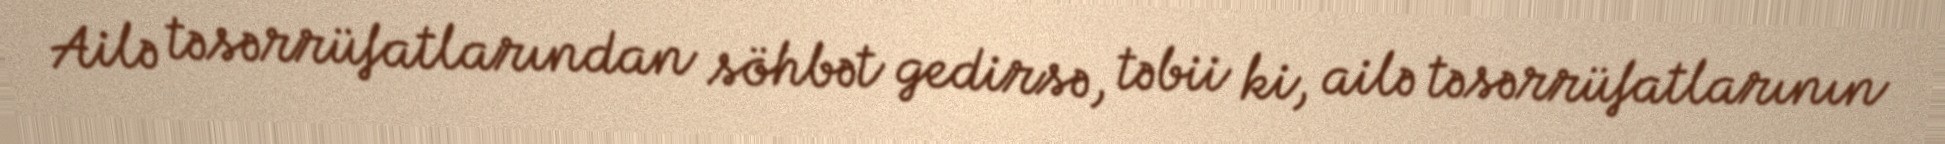
Ailə təsərrüfatlarından söhbət gedirsə, təbii ki, ailə təsərrüfatlarının